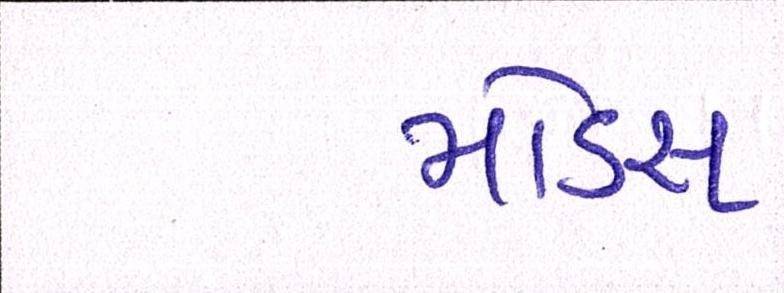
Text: મોડસ